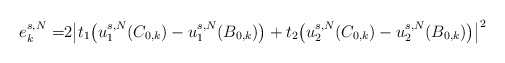
\begin{align*}e_{k}^{s,N} = & 2\big|t_1 \big(u_1^{s,N}(C_{0,k}) - u_1^{s,N}(B_{0,k})\big) + t_2 \big(u_2^{s,N}(C_{0,k}) - u_2^{s,N}(B_{0,k})\big)\big|^2 \end{align*}